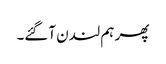
پھر ہم لندن آگئے۔